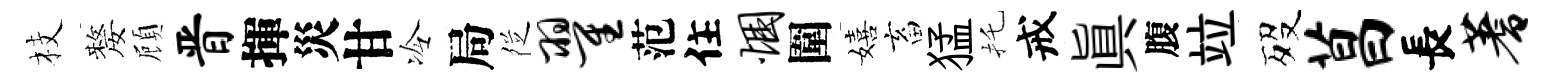
枝嫠頋晋揮災甘冷局徔翟范住悃圍嬉畜猛托戒眞腹竝歿菖長蓍